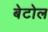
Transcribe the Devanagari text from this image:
बेटोल